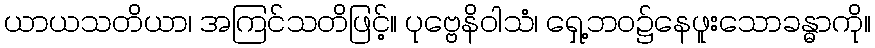
ယာယသတိယာ၊ အကြင်သတိဖြင့်။ ပုဗ္ဗေနိဝါသံ၊ ရှေ့ဘဝ၌နေဖူးသောခန္ဓာကို။